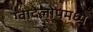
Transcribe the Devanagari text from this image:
ग्वादेलोपमध्ये